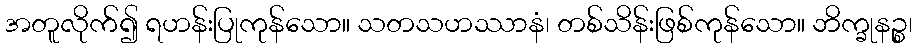
အတူလိုက်၍ ရဟန်းပြုကုန်သော။ သတသဟဿာနံ၊ တစ်သိန်းဖြစ်ကုန်သော။ ဘိက္ခုနဉ္စ၊